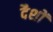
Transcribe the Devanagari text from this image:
दैशों